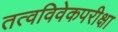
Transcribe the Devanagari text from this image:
तत्वविवेकपरीक्षा